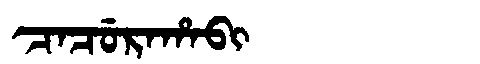
Manchu: ᠴᠠᠴᡠᡵᠠᡥᠠᠪᡳ
Romanization: CACURAHABI